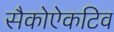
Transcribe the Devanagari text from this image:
सैकोऐकटिव